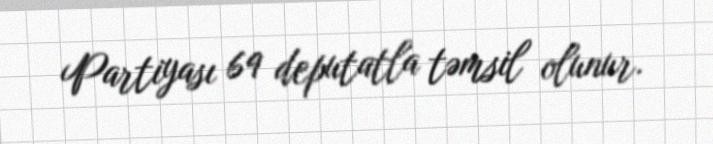
Partiyası 69 deputatla təmsil olunur.